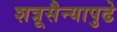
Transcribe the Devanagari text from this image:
शत्रूसैन्यापुढे